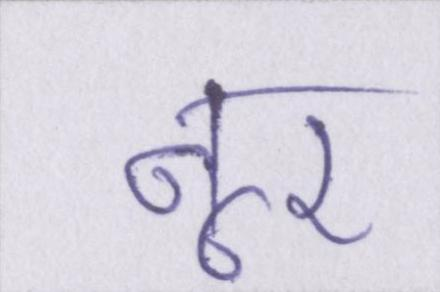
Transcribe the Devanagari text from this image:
नूर